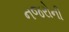
નજરોની